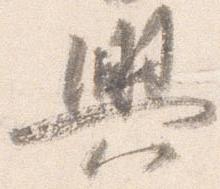
興